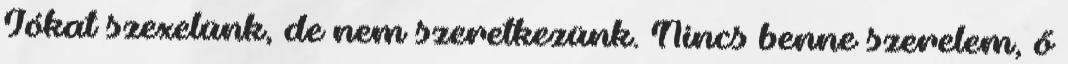
Jókat szexelünk, de nem szeretkezünk. Nincs benne szerelem, ő